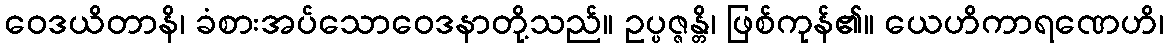
ဝေဒယိတာနိ၊ ခံစားအပ်သောဝေဒနာတို့သည်။ ဥပ္ပဇ္ဇန္တိ၊ ဖြစ်ကုန်၏။ ယေဟိကာရဏေဟိ၊